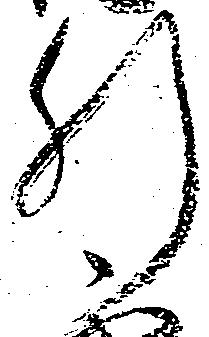
肝